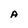
Character: A